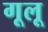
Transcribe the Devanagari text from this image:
गूलू